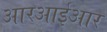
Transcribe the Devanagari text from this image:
आरआईआर